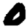
Digit: 0